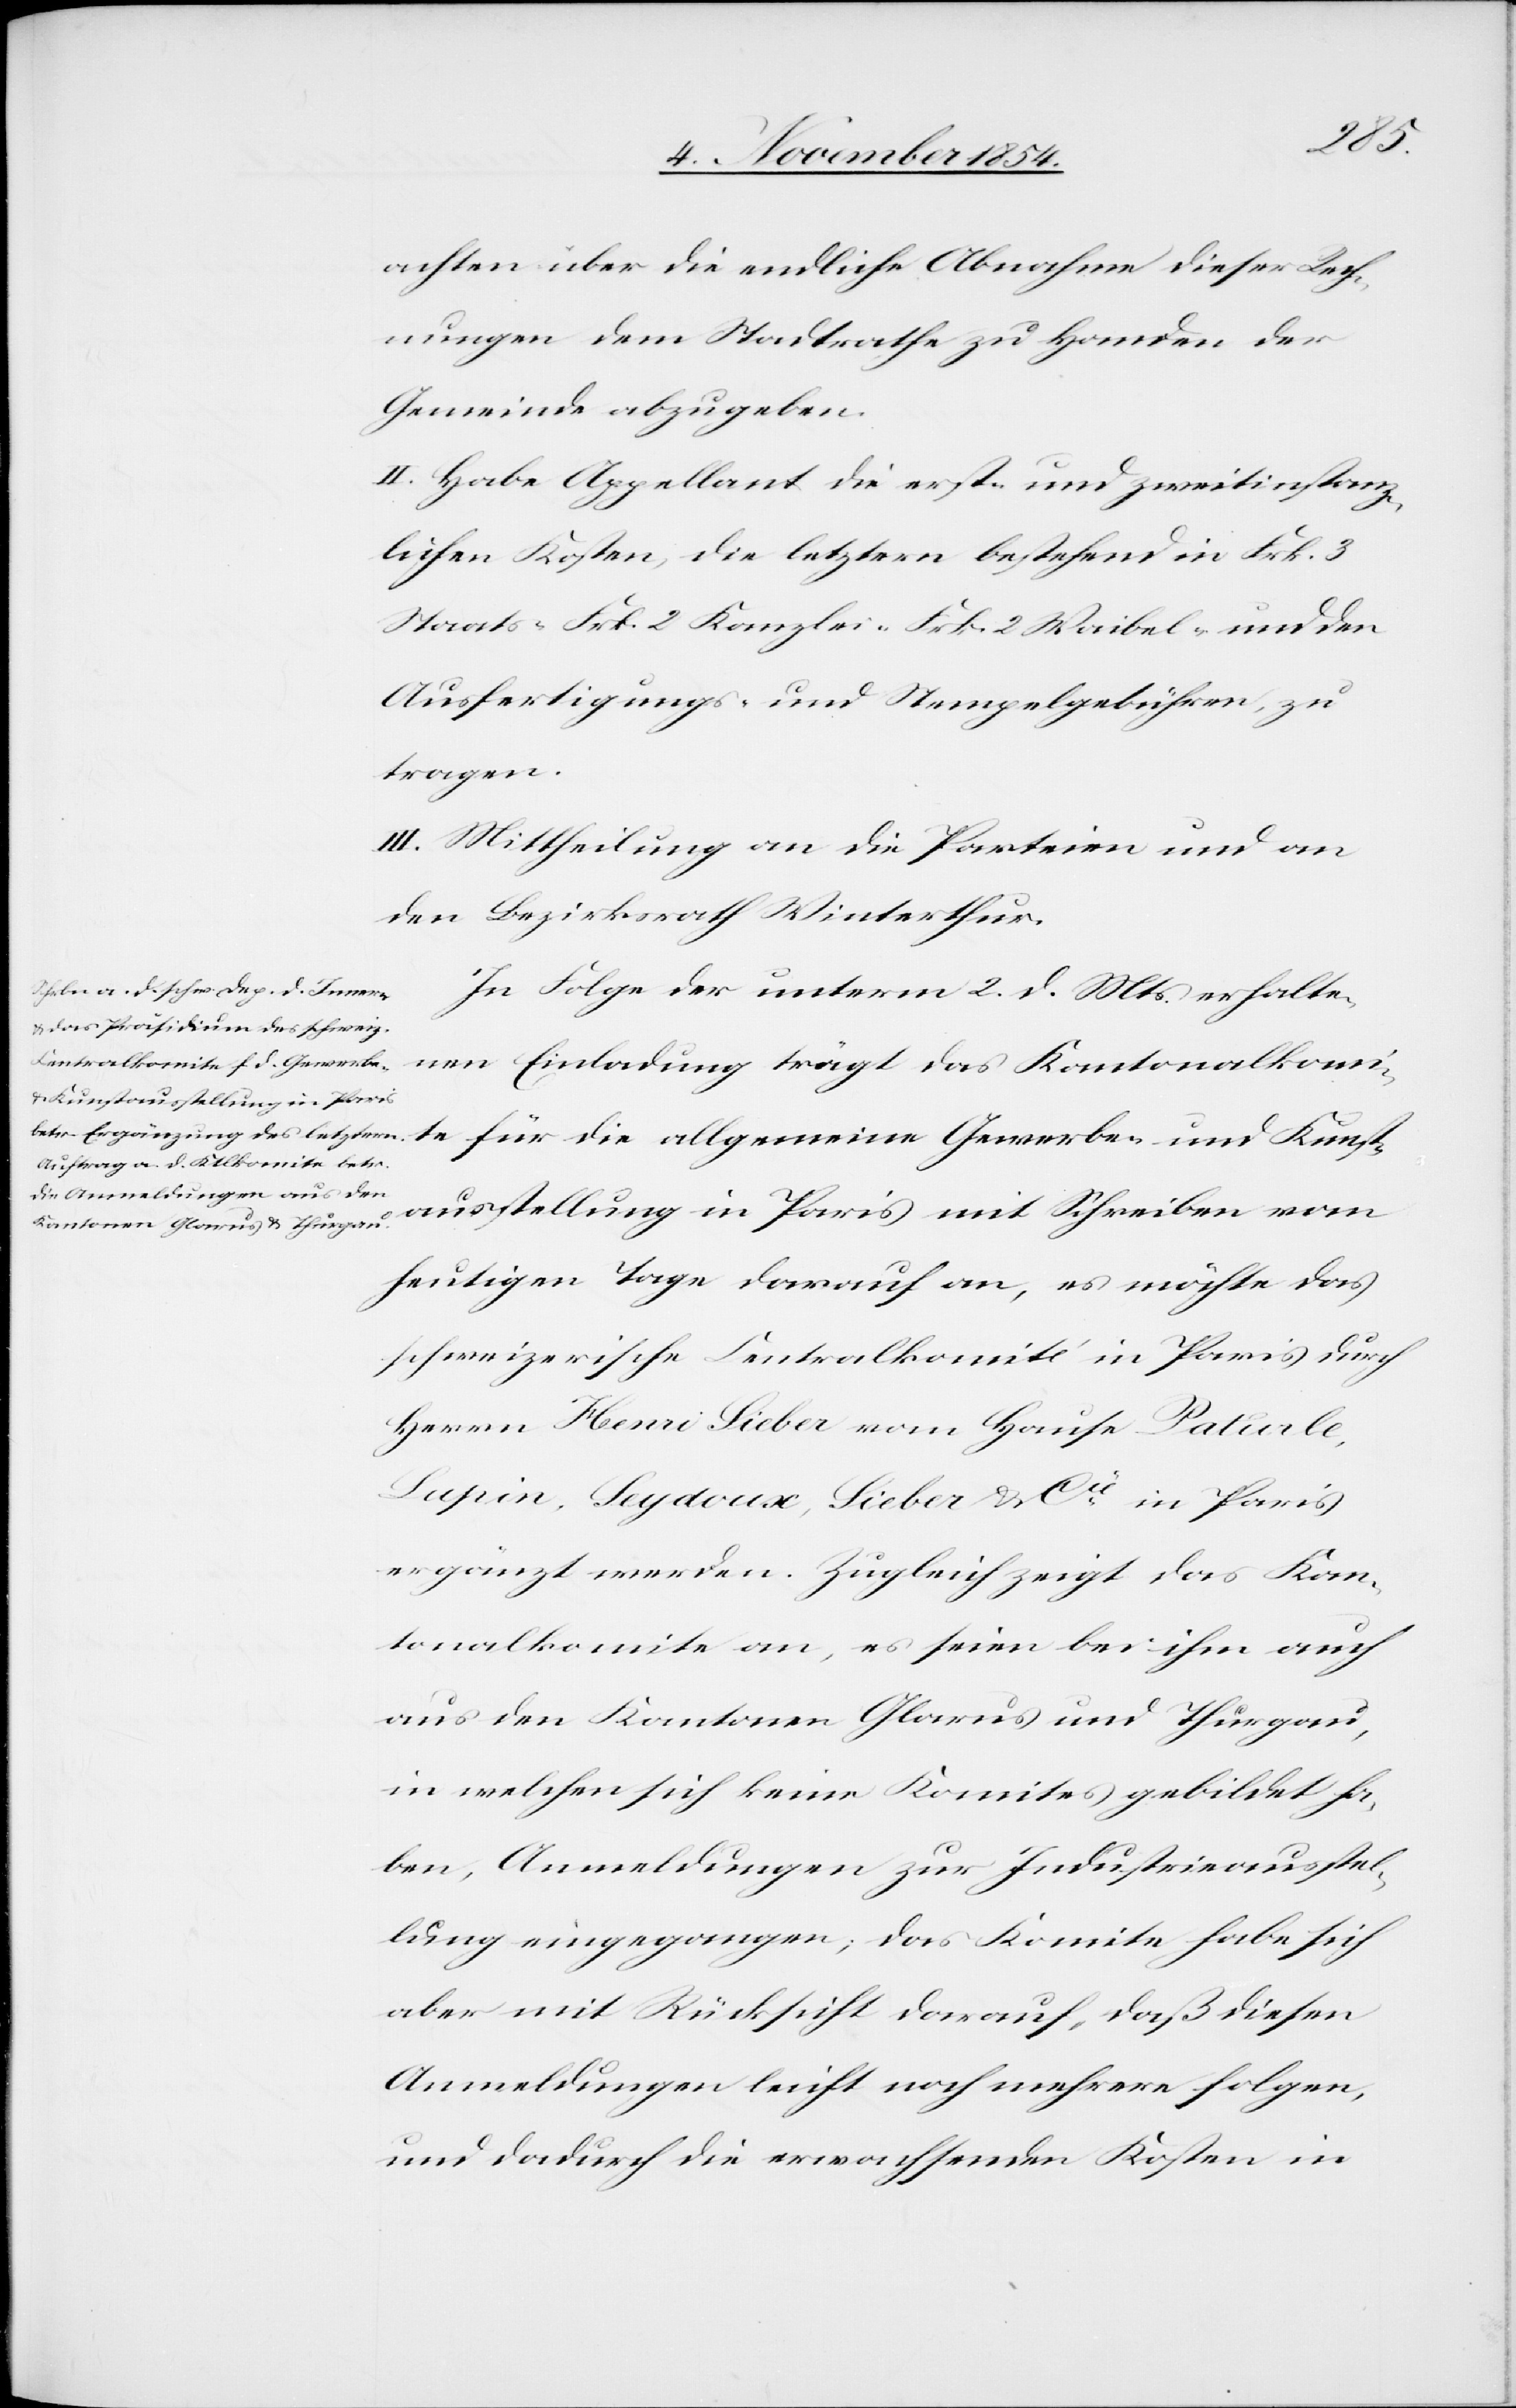
achten über die endliche Abnahme dieser Rech¬
nungen dem Stadtrathe zu Handen der
Gemeinde abzugeben.
II. Habe Appellant die erst- und zweitinstanz¬
lichen Kosten, die letztern bestehend in Frk. 3
Staats-[,] Frk. 2 Kanzlei-[,] Frk. 2 Waibel- und den
Ausfertigungs- und Stempelgebühren, zu
tragen.
III. Mittheilung an die Parteien und an
den Bezirksrath Winterthur.
In Folge der unterm 2. d. Mts. erhalte¬
nen Einladung trägt das Kantonalkomi¬
te für die allgemeine Gewerbe- und Kunst¬
ausstellung in Paris mit Schreiben vom
heutigen Tage darauf an, es möchte das
schweizerische Centralkomité in Paris durch
Herrn Henri Sieber vom Hause Paturle,
Lupin, Seydoux, Sieber & Cie in Paris
ergänzt werden. Zugleich zeigt das Kan¬
tonalkomite an, es seien bei ihm auch
aus den Kantonen Glarus und Thurgau,
in welchen sich keine Komites gebildet ha¬
ben, Anmeldungen zur Industrieausstel¬
lung eingegangen; das Komitee habe sich
aber mit Rücksicht darauf, daß diesen
Anmeldungen leicht noch mehrere folgen,
und dadurch die erwachsenden Kosten in